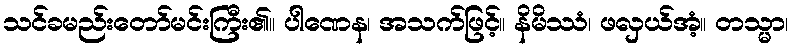
သင်ခမည်းတော်မင်းကြီး၏။ ပါဏေန၊ အသက်ဖြင့်။ နိမိဿံ၊ ဖလှယ်အံ့။ တသ္မာ၊